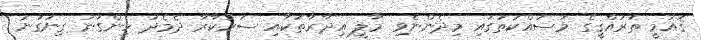
ޤައުމީ ތަރައްޤީގެ މަސައްކަތުގައި މިދެންނެވި މާލީ އިދާރާތަކާއި ސަރުކާރާ ދެމެދު ހިންގުނު ގިނަގުނަ